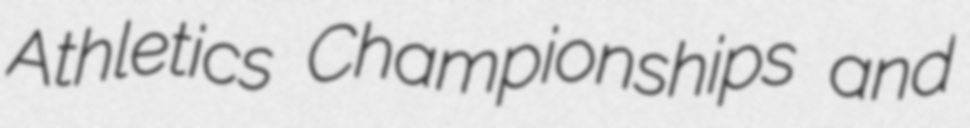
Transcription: Athletics Championships and